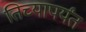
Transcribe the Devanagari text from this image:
तिच्यापर्यंत